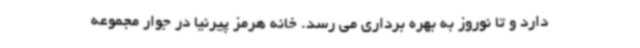
دارد و تا نوروز به بهره برداری می رسد. خانه هرمز پیرنیا در جوار مجموعه